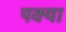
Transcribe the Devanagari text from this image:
पक्या